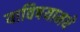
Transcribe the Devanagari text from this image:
याविषयामधे